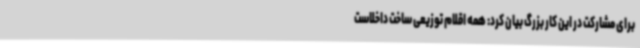
برای مشارکت در این کار بزرگ بیان کرد: همه اقلام توزیعی ساخت داخلاست